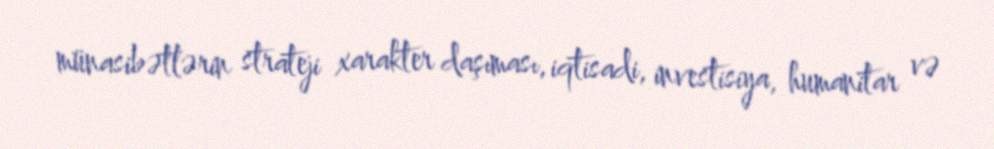
münasibətlərin strateji xarakter daşıması, iqtisadi, investisiya, humanitar və